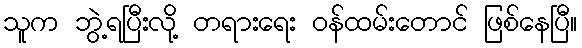
သူက ဘွဲ့ရပြီးလို့ တရားရေး ဝန်ထမ်းတောင် ဖြစ်နေပြီ။